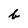
Character: b